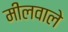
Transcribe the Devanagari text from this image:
मीलवाले